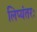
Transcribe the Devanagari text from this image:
लिप्यंतरः